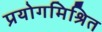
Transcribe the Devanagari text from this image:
प्रयोगमिश्रित